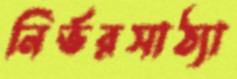
নির্ভরসাঠ্যা